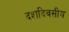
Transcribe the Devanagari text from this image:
दशदिवसीय